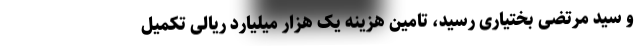
و سید مرتضی بختیاری رسید، تامین هزینه یک هزار میلیارد ریالی تکمیل